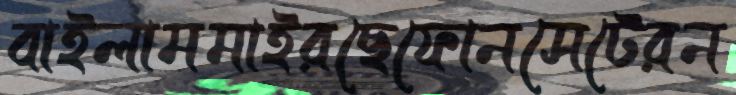
বাইলামমাইরছেফোনসেটেরন